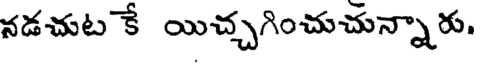
నడచుట కే యిచ్చగించుచున్నారు.